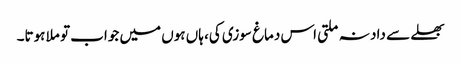
بھلے سے داد نہ ملتی اس دماغ سوزی کی، ہاں ہوں میں جواب تو ملا ہوتا۔